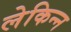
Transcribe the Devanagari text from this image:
लेकिन्न